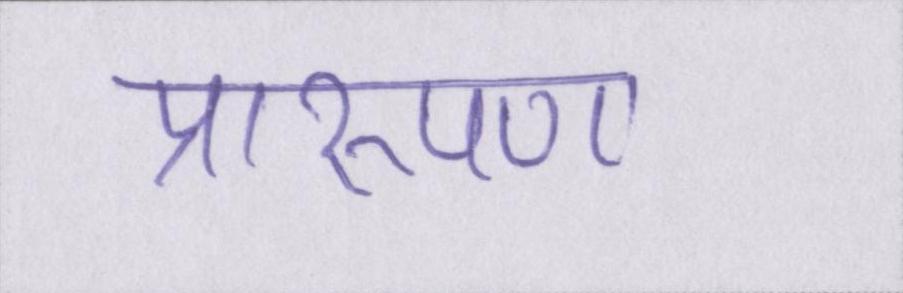
प्रारूपण